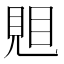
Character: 𧠦